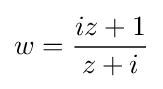
w={\frac {iz+1}{z+i}}